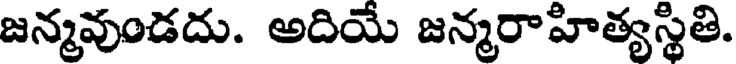
జన్మవుండదు. అదియే జన్మరాహిత్యస్థితి.